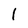
Character: l